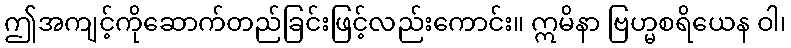
ဤအကျင့်ကိုဆောက်တည်ခြင်းဖြင့်လည်းကောင်း။ ဣမိနာ ဗြဟ္မစရိယေန ဝါ၊